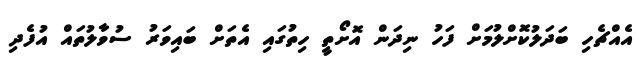
އެއްޗެހި ބަދަލުކޮށްލުމަށް ފަހު ނިދަން އޮށޯތީ ހިތުގައި އެތަށް ބައިވަރު ސުވާލުތައް އުފެދި